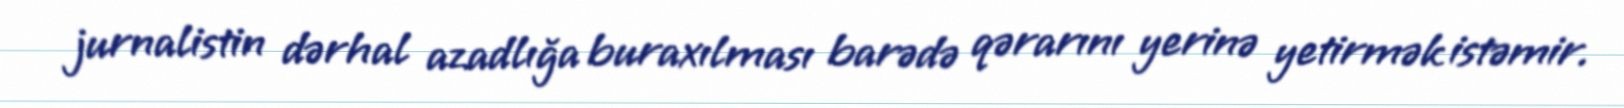
jurnalistin dərhal azadlığa buraxılması barədə qərarını yerinə yetirmək istəmir.